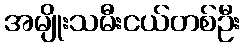
အမျိုးသမီးငယ်တစ်ဦး